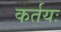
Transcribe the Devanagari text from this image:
कर्तयः